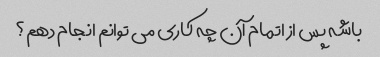
باشه پس از اتمام آن چه کاری می توانم انجام دهم؟